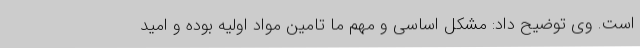
است. وی توضیح داد: مشکل اساسی و مهم ما تامین مواد اولیه بوده و امید